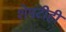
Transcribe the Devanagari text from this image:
शेपटीही